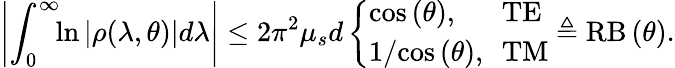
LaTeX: \left|\int_{0}^{\infty}\! \! \ln\left|\rho(\lambda,\theta)\right|\! \, d\lambda\right|\leq 2\pi^{2}\mu_{s}d\left\{ \begin{array}{ll}{\mathrm{cos}\left(\theta\right),}&{\! \! \mathrm{TE}}\\ {1/\mathrm{cos}\left(\theta\right),}&{\! \! \mathrm{TM}}\end{array}\right.\triangleq\mathrm{RB}\left(\theta\right).